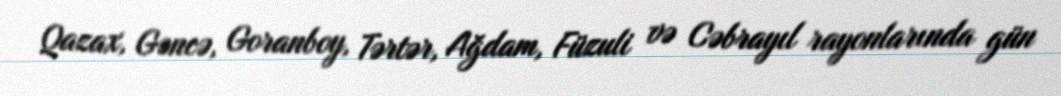
Qazax, Gəncə, Goranboy, Tərtər, Ağdam, Füzuli və Cəbrayıl rayonlarında gün